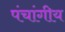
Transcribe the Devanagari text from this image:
पंचांगीय